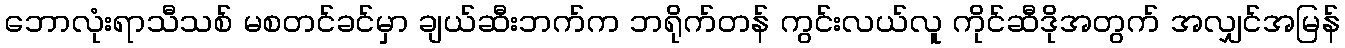
ဘောလုံးရာသီသစ် မစတင်ခင်မှာ ချယ်ဆီးဘက်က ဘရိုက်တန် ကွင်းလယ်လူ ကိုင်ဆီဒိုအတွက် အလျှင်အမြန်